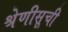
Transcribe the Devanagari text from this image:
श्रेणीसूची